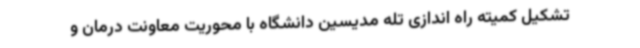
تشکیل کمیته راه اندازی تله مدیسین دانشگاه با محوریت معاونت درمان و